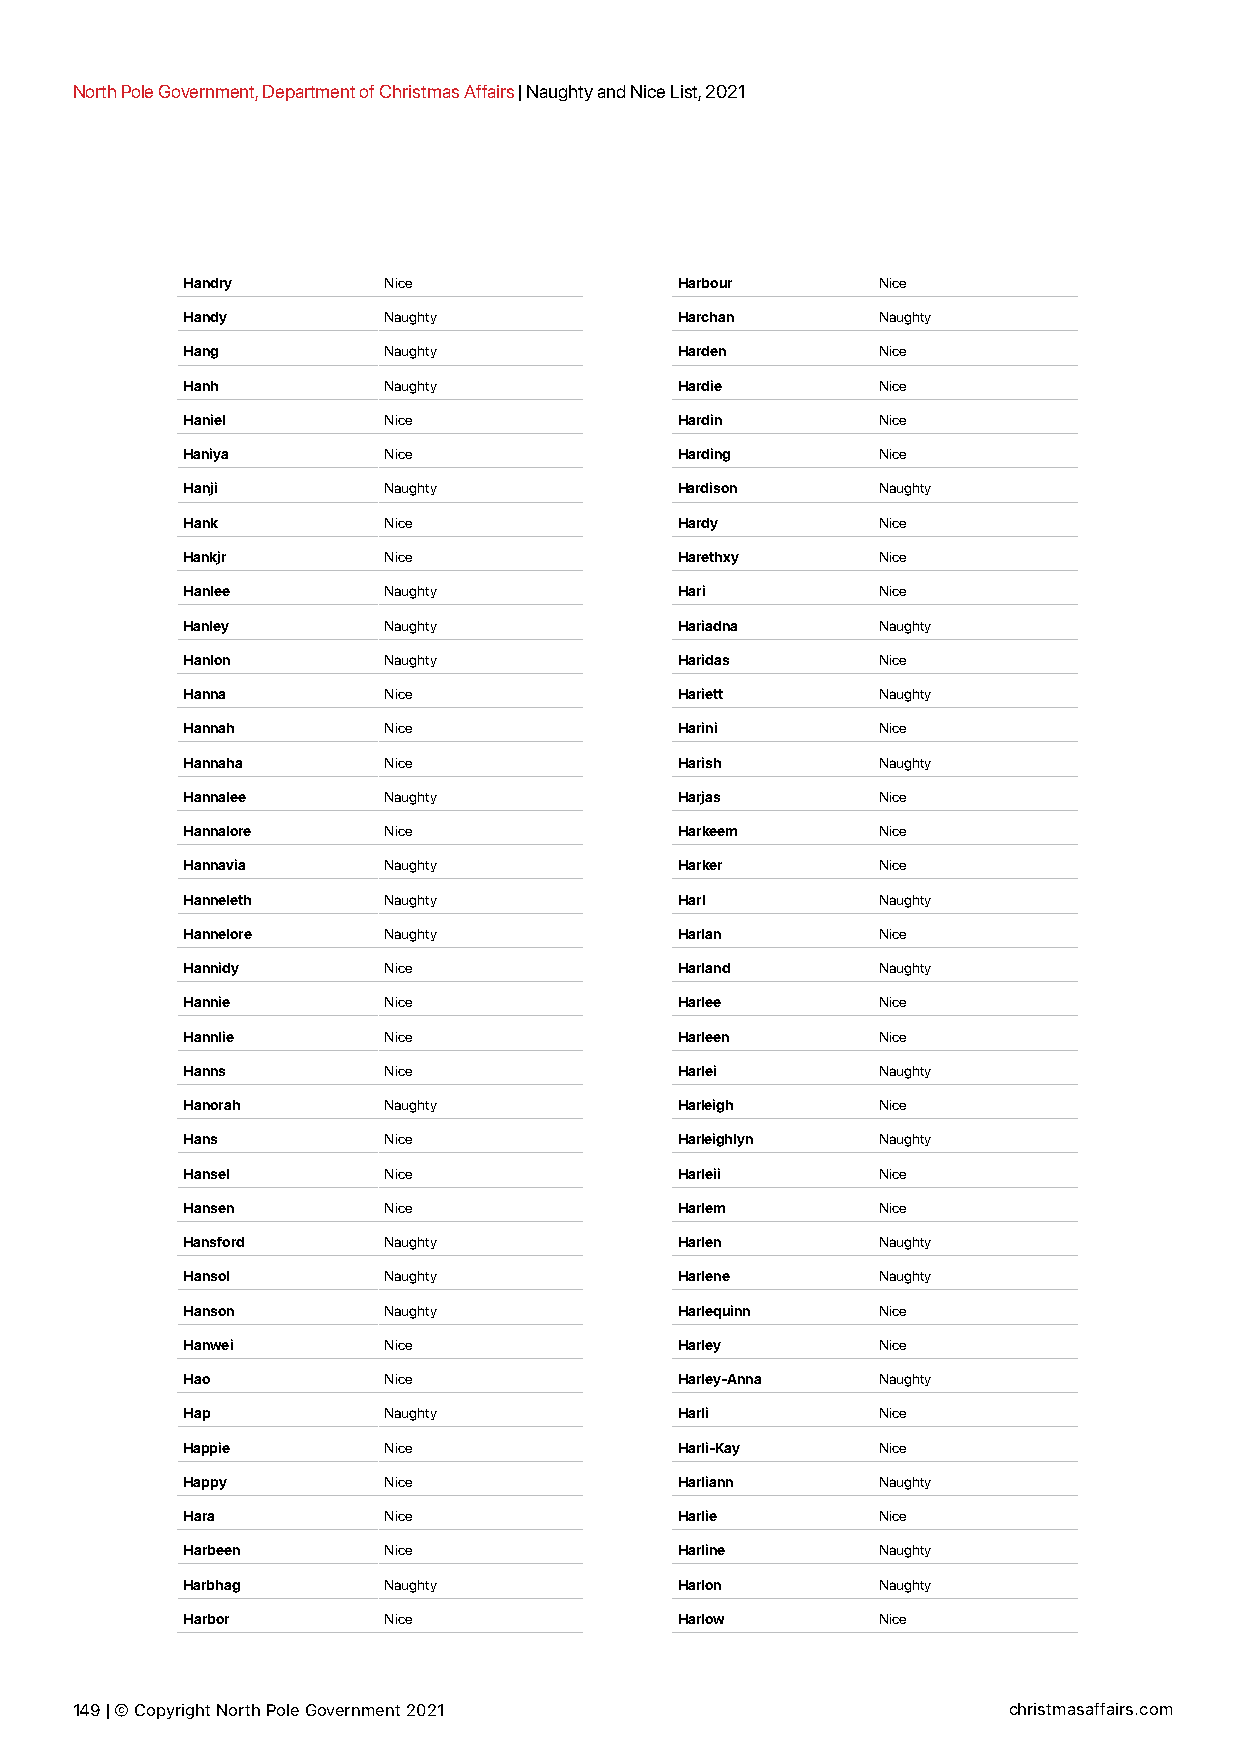
North Pole Government, Department of Christmas Affairs | Naughty and Nice List, 2021
 Handry       Nice                Harbour      Nice
 Handy        Naughty             Harchan      Naughty
 Hang         Naughty             Harden       Nice
 Hanh         Naughty             Hardie       Nice
 Haniel       Nice                Hardin       Nice
 Haniya       Nice                Harding      Nice
 Hanji        Naughty             Hardison     Naughty
 Hank         Nice                Hardy        Nice
 Hankjr       Nice                Harethxy     Nice
 Hanlee       Naughty             Hari         Nice
 Hanley       Naughty             Hariadna     Naughty
 Hanlon       Naughty             Haridas      Nice
 Hanna        Nice                Hariett      Naughty
 Hannah       Nice                Harini       Nice
 Hannaha      Nice                Harish       Naughty
 Hannalee     Naughty             Harjas       Nice
 Hannalore    Nice                Harkeem      Nice
 Hannavia     Naughty             Harker       Nice
 Hanneleth    Naughty             Harl         Naughty
 Hannelore    Naughty             Harlan       Nice
 Hannidy      Nice                Harland      Naughty
 Hannie       Nice                Harlee       Nice
 Hannlie      Nice                Harleen      Nice
 Hanns        Nice                Harlei       Naughty
 Hanorah      Naughty             Harleigh     Nice
 Hans         Nice                Harleighlyn  Naughty
 Hansel       Nice                Harleii      Nice
 Hansen       Nice                Harlem       Nice
 Hansford     Naughty             Harlen       Naughty
 Hansol       Naughty             Harlene      Naughty
 Hanson       Naughty             Harlequinn   Nice
 Hanwei       Nice                Harley       Nice
 Hao          Nice                Harley-Anna  Naughty
 Hap          Naughty             Harli        Nice
 Happie       Nice                Harli-Kay    Nice
 Happy        Nice                Harliann     Naughty
 Hara         Nice                Harlie       Nice
 Harbeen      Nice                Harline      Naughty
 Harbhag      Naughty             Harlon       Naughty
 Harbor       Nice                Harlow       Nice
 149 | © Copyright North Pole Government 2021                  christmasaffairs.com